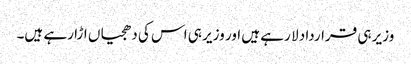
وزیر ہی قرارداد لا رہے ہیں اور وزیر ہی اس کی دھجیاں اڑا رہے ہیں۔